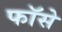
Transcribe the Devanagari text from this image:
फॉसे